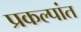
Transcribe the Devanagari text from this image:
प्रकल्पांत